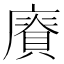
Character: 𢋐